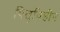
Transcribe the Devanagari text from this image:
पितृविहीन